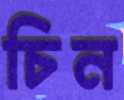
চিন